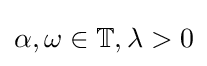
\alpha ,\omega \in \mathbb {T} ,\lambda >0